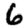
Digit: 6